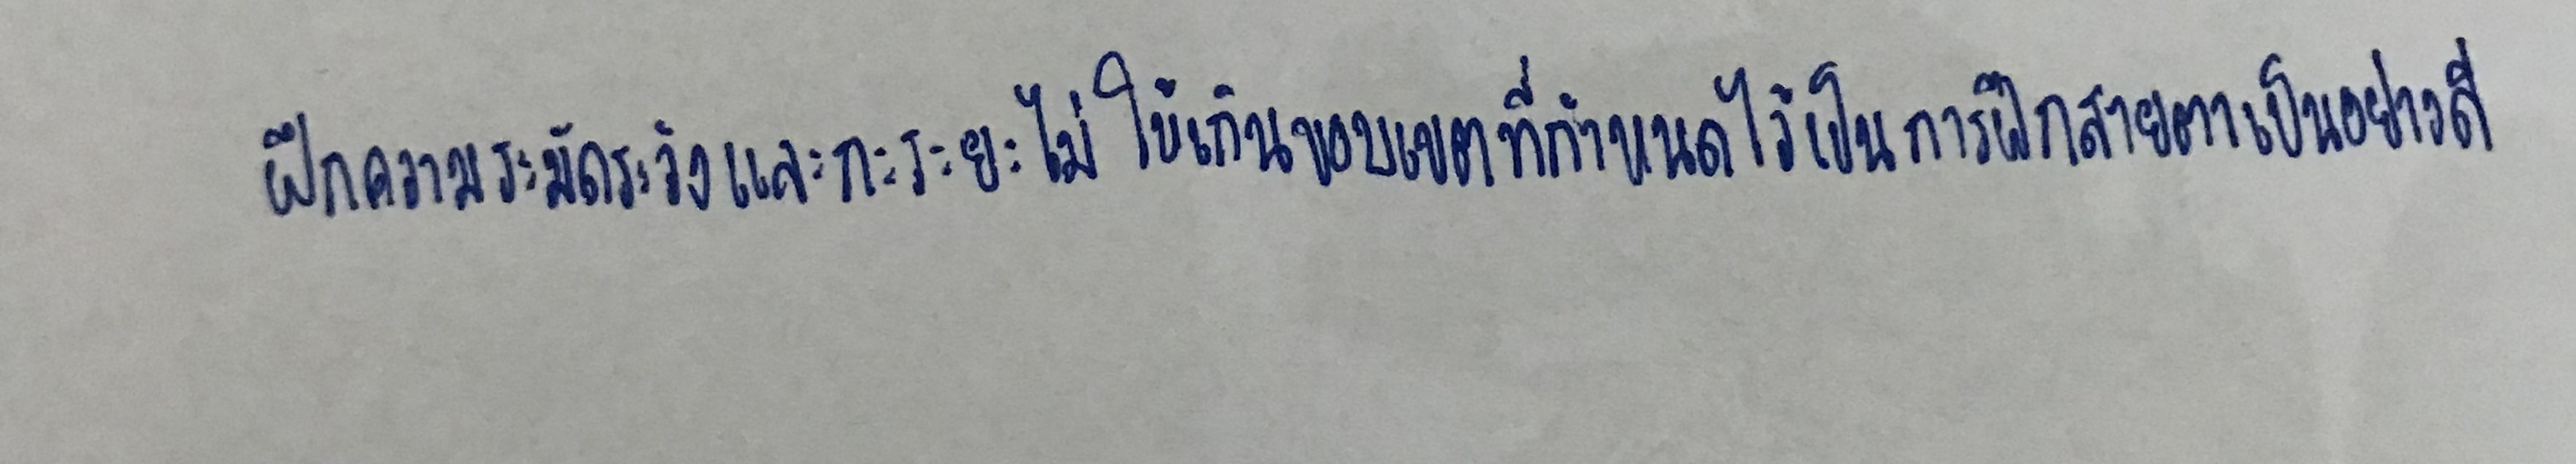
ฝึกความระมัดระวังและกะระยะไม่ให้เกินขอบเขตที่กำหนดไว้เป็นการฝึกสายตาเป็นอย่างดี